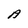
Character: A